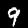
Label: 9